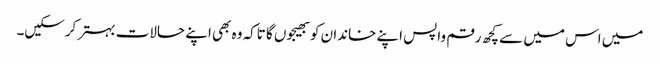
میں اس میں سے کچھ رقم واپس اپنے خاندان کو بھیجوں گا تاکہ وہ بھی اپنے حالات بہتر کرسکیں۔